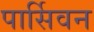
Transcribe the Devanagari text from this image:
पार्सिवन